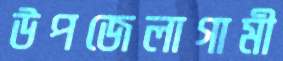
উপজেলাগামী